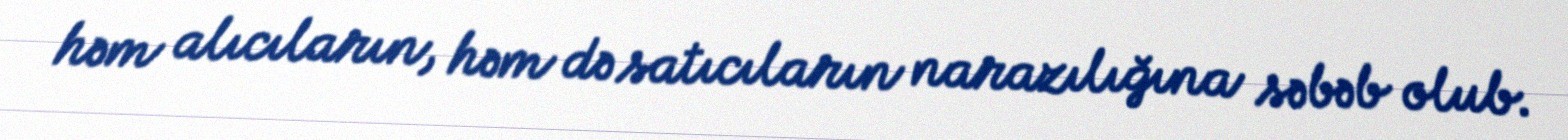
həm alıcıların, həm də satıcıların narazılığına səbəb olub.